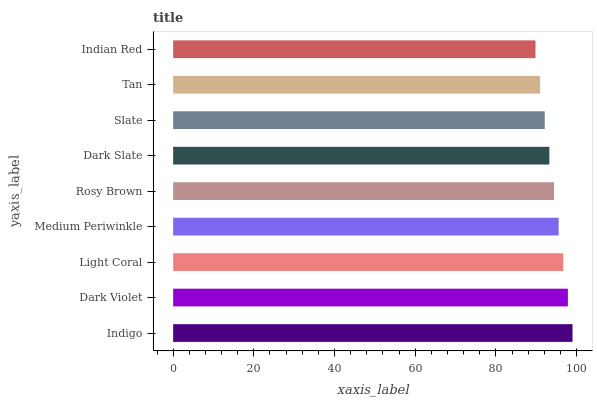
| yaxis_label | bars |
 | --- | --- |
 | Indigo | 99 |
 | Dark Violet | 97.9 |
 | Light Coral | 96.7 |
 | Medium Periwinkle | 95.6 |
 | Rosy Brown | 94.4 |
 | Dark Slate | 93.3 |
 | Slate | 92.1 |
 | Tan | 91 |
 | Indian Red | 89.8 |